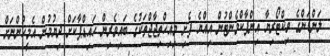
ލަންޑަންގެ ވިކްޓޯރިޔާ އިންޕާކްމެންޓުން އިއްޔެ ފެށި މިއިޙްތިޖާޖްތަކުގެ ބައިވެރިން ހައިޑްޕާކަށް ދިޔުމުން އެމީހުންނަށް